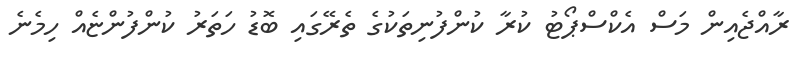
ރާއްޖެއިން މަސް އެކްސްޕޯޓު ކުރާ ކުންފުނިތަކުގެ ތެރޭގައި ބޮޑު ހަތަރު ކުންފުންޏެއް ހިމެނެ